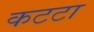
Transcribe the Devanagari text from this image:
कटटा